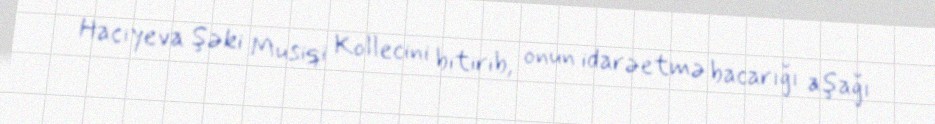
Hacıyeva Şəki Musiqi Kollecini bitirib, onun idarəetmə bacarığı aşağı